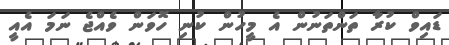
ޑައިވް ކުރާ ތަންތަނުން އެ މީހުން ކުނި ހޮވަން ވެއްޖެ ނަމަ އެއީ